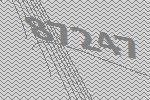
87247